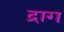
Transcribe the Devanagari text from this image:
द्राग